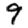
Digit: 9